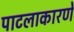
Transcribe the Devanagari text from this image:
पाटलाकारणें